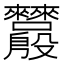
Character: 𬆵